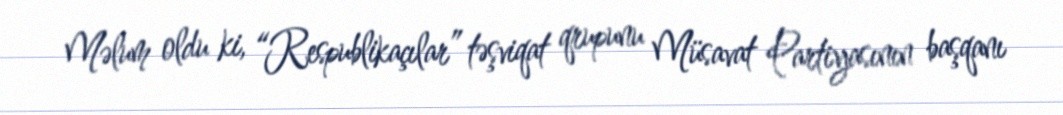
Məlum oldu ki, “Respublikaçılar” təşviqat qrupunu Müsavat Partiyasının başqanı